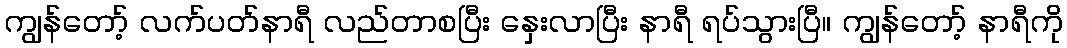
ကျွန်တော့် လက်ပတ်နာရီ လည်တာစပြီး နှေးလာပြီး နာရီ ရပ်သွားပြီ။ ကျွန်တော့် နာရီကို